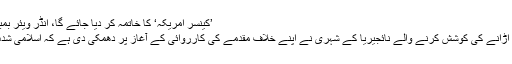
’کینسر امریکہ‘ کا خاتمہ کر دیا جائے گا، انڈر ویئر بمبار کی دھمکی | حالات حاضرہ | DW | 05.10.2011
2009ء میں ڈیٹرائٹ جانے والی فلائٹ کو دھماکے سے اڑانے کی کوشش کرنے والے نائجیریا کے شہری نے اپنے خلاف مقدمے کی کارروائی کے آغاز پر دھمکی دی ہے کہ اسلامی شدت پسند ’کینسر امریکہ‘ کو صفحہ ہستی سے مٹا دیں گے۔